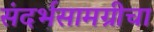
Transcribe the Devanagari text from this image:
संदर्भसामग्रीचा